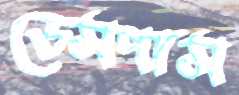
ডেসপাস